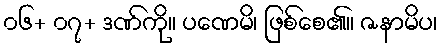
၀၆+ ၀၇+ ဒဏ်ကို။ ပဏေမိ၊ ဖြစ်စေ၏။ ဇနာမိပ၊